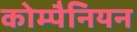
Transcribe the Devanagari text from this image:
कोम्पैनियन